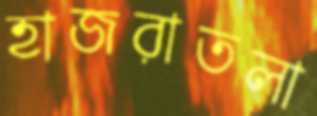
হাজরাতলা